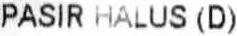
PASIR HALUS (D)